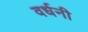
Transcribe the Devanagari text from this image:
वर्धनी